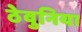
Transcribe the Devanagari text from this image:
ठेवुनिया